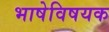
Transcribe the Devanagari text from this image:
भाषेविषयक